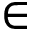
\in